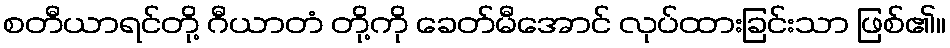
စတီယာရင်တို့ ဂီယာတံ တို့ကို ခေတ်မီအောင် လုပ်ထားခြင်းသာ ဖြစ်၏။